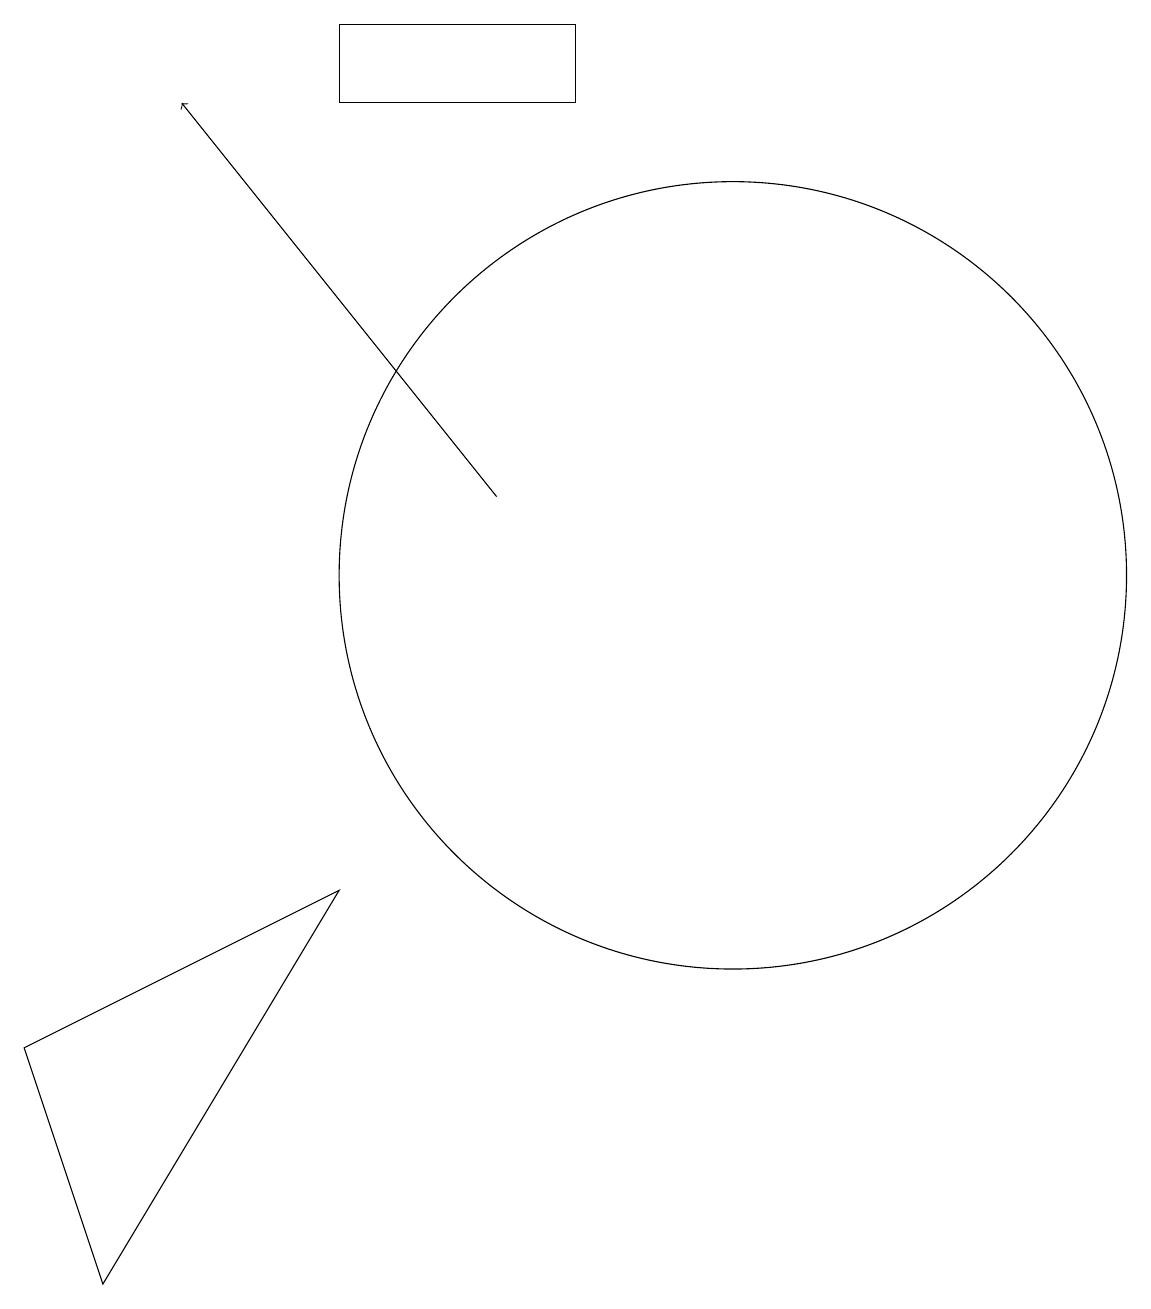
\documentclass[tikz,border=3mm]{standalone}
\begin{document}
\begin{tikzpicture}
\draw (11,12) circle (0);
\draw (6,6) -- (3,1) -- (2,4) -- cycle;
\draw (11,10) circle (5);
\draw (9,16) rectangle (6,17);
\draw[->] (8,11) -- (4,16);
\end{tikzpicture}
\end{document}